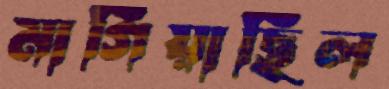
মাগিয়াছিল